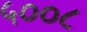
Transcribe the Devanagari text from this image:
५००८